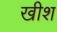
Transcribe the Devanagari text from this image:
खीश